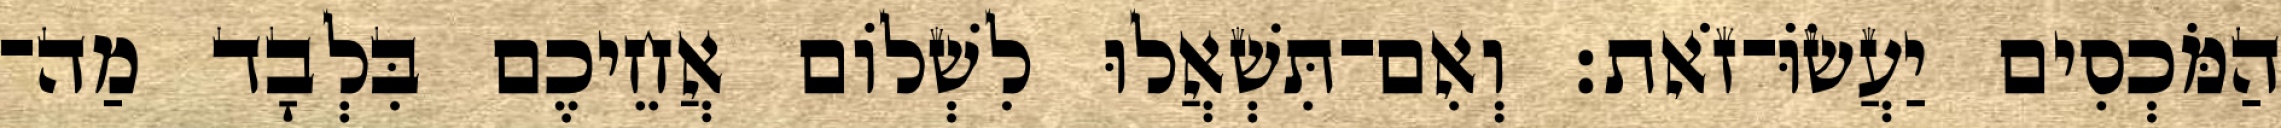
הַמֹּכְסִים יַעֲשׂוֹּ־זֹאת׃ וְאִם־תִּשְׁאֲלוּ לִשְׁלוֹם אֲחֵיכֶם בִּלְבָד מַה־